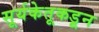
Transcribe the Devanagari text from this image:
सूर्यकेतूकडून